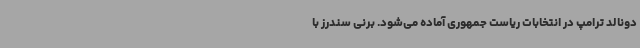
دونالد ترامپ در انتخابات ریاست جمهوری آماده می‌شود.‌ برنی سندرز با